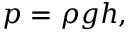
p = \rho g h ,